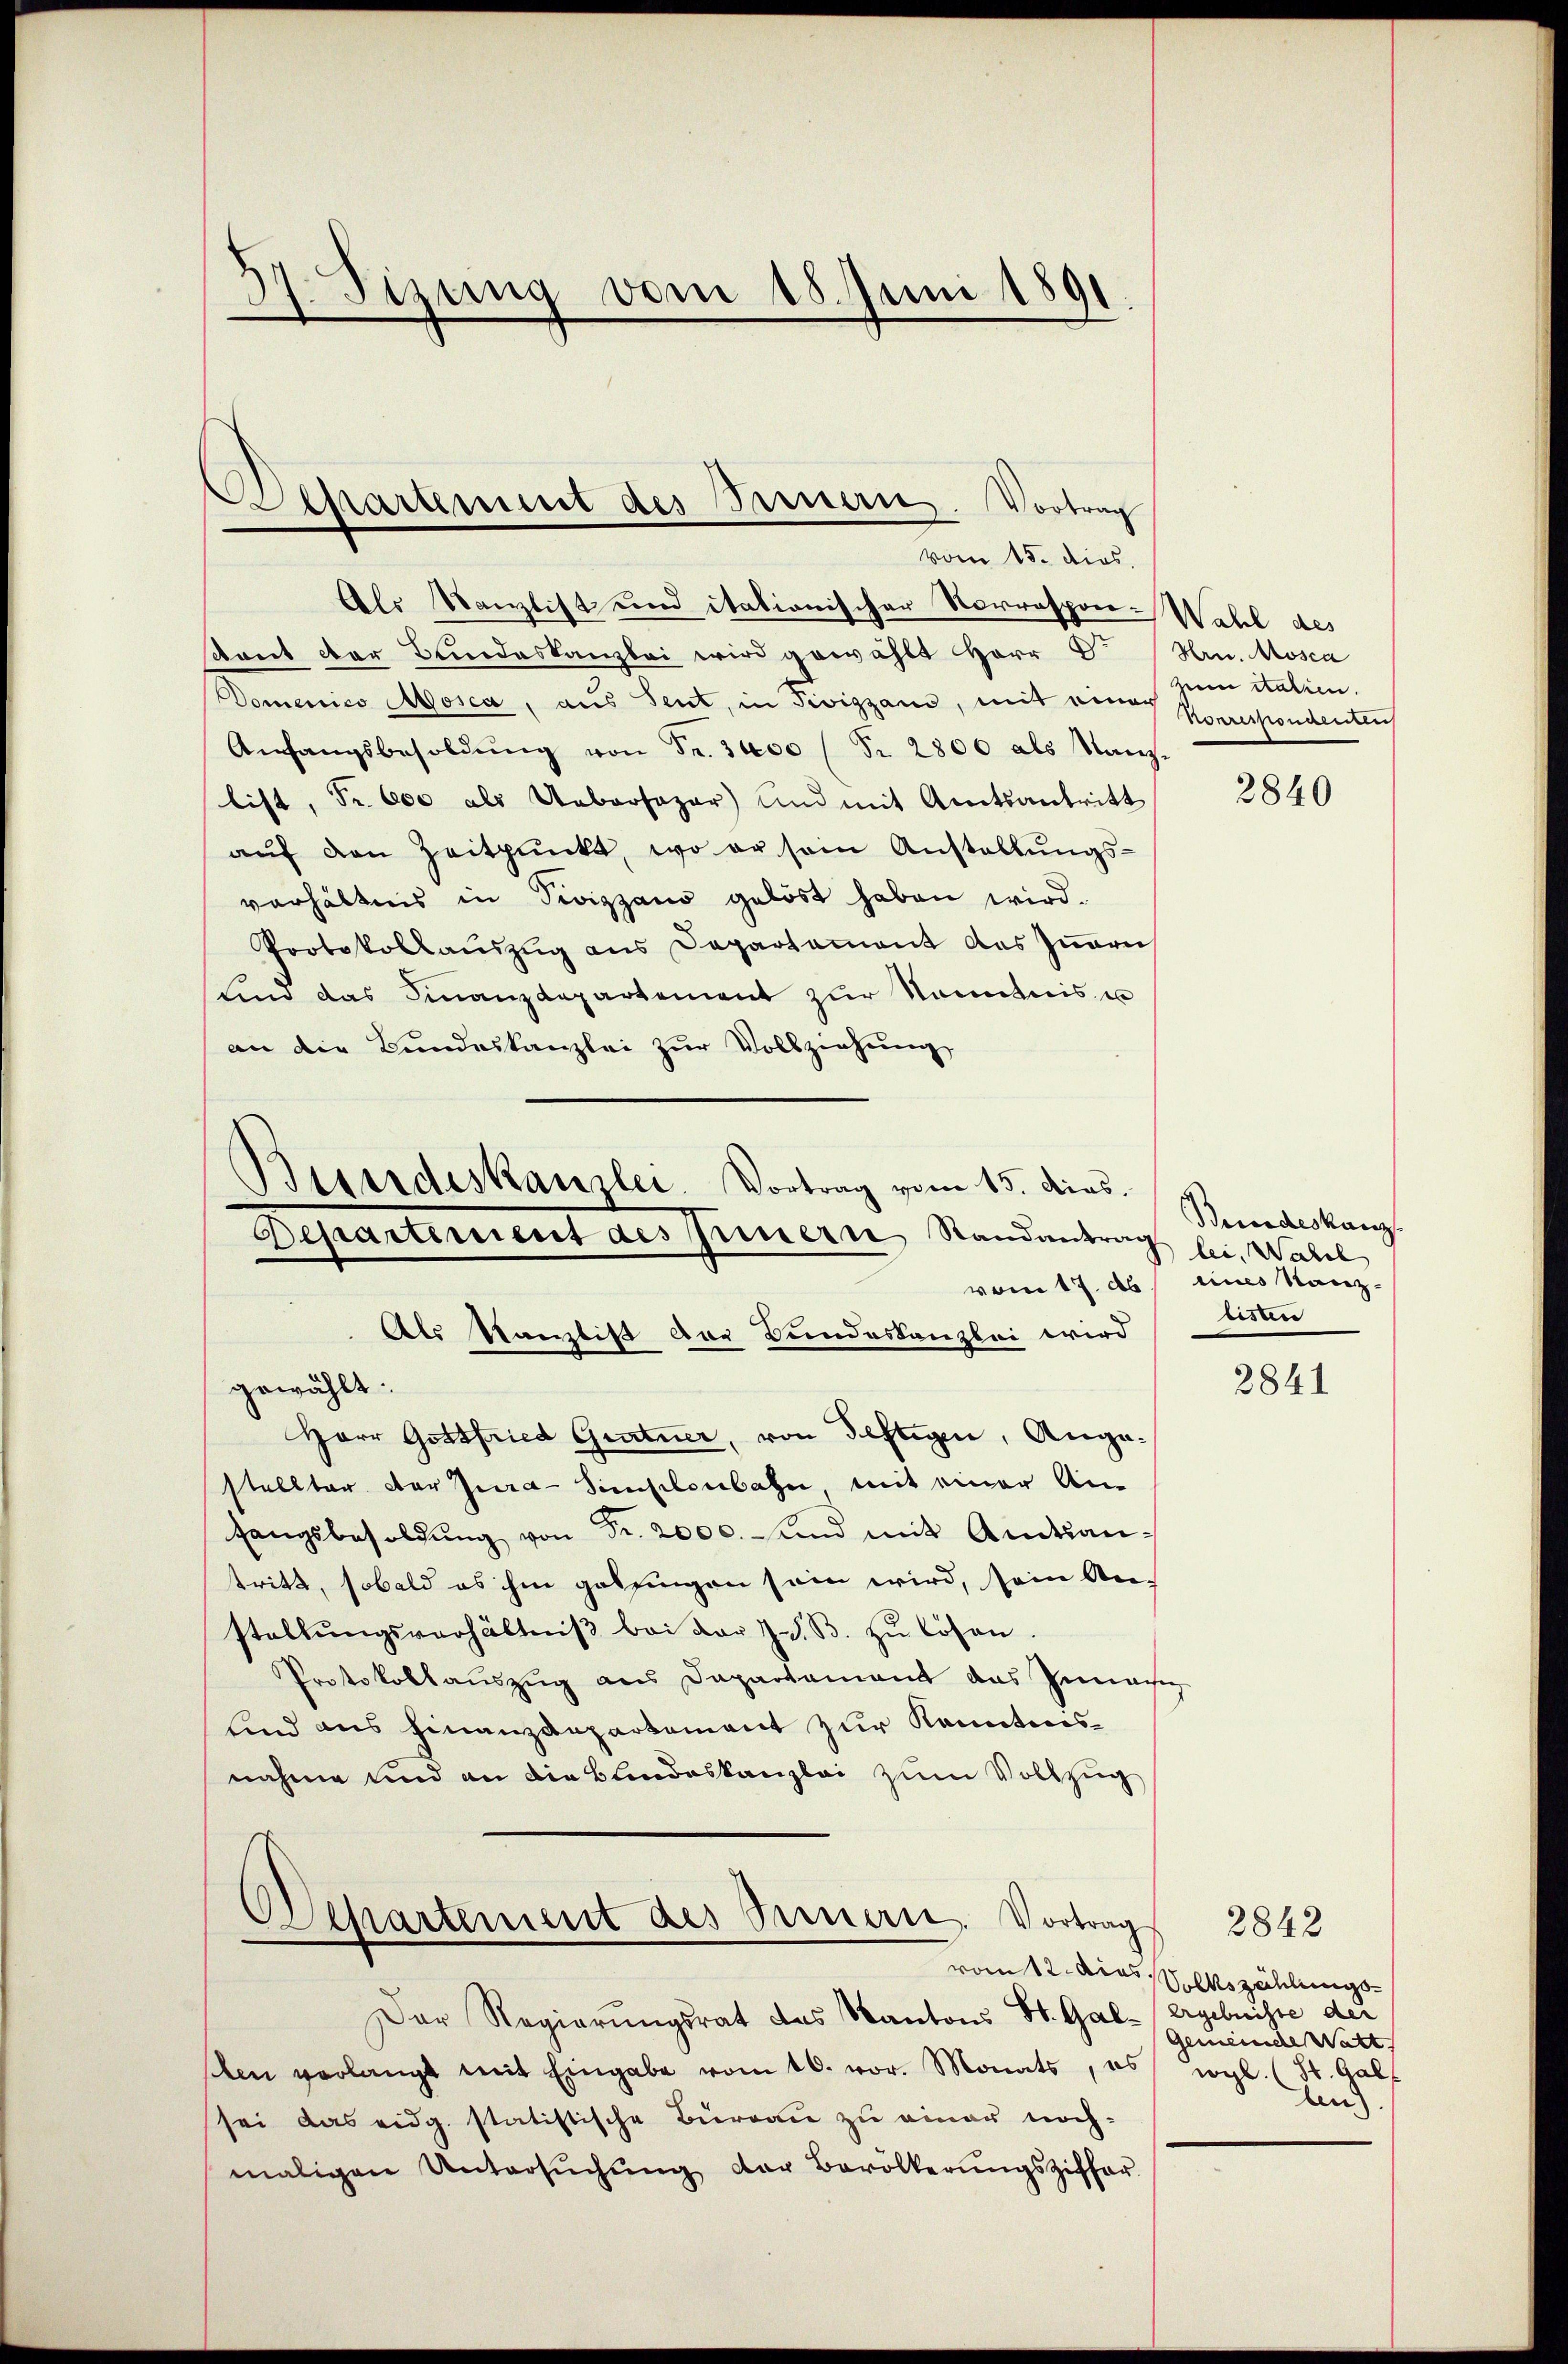
57. Sizung vom 18. Juni 1891
e

Aathartement des Sauern. Vortrag
vom 15. dies

Als Kanzlist und itationischer Norrespon-Wahl des
dant der Bundeskanzlei wird gewählt Herr Dr Hrn. Mosca
Domenico Mosca, aus Sent, in Pivigzane, mit eine Sparespondentlich
Anfangsbesoldŭng von Fr. 3000 Fr. 2800 als Nanz-
list, Fr. 600 als Uebersazar) und mit Amtsantritt
aŭf den Zeitpunkt, wo er sein Anstallŭngs-
verhältnis in Pivizzano gelöst haben wird.
Protokollaŭszŭg ans Departement des Iṅern
sind das Finanzdepartement zur Kenntnis u
an die Bundeskanzlei zur Vollziehung

Herr Gottfried Gratner, von Seftigen, Angastellter der Jura-Sinschenbahn mit einer An-
fangsbesoldŭng von Fr. 2000. und mit Amtsan-
stritt, sobald es ihm gelingen sein wird, sein Anstellŭngsverhältniβ bei dar z. B. zŭ lösen.
Protokollaŭszŭg ans Departement das Gemachig
sind aus Finanzdepartement zur Kenntnisnahme und an die Blindeskanzlei zum Vollzug
Departement des Sinnern. Vortrag

Bisardeskanzlei. Vortrag vom 15. dies
Departement des prisern Randantrag bei. Wahl
Als Kanzlist der Bundeskanzlei wird
gewählt.

Der Regierungsrat das Kantons St. Gal-Ergebnisse der
ken verlangt mit Eingabe vom 16. vor. Monats, es vgl. (St. Gal
sei das eidg. statistische Bureau zu einer noch-
maligen Untersŭchŭng der Bevölkerŭngsziffer

zum Marien.

2840

Beundeskanz
vom 17. d. eines Kanzriste

2841

2842
vom 12. dies Volkszählungs¬
Gemeinde Watt
ten).